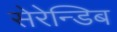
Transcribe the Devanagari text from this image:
सेरेन्डिब